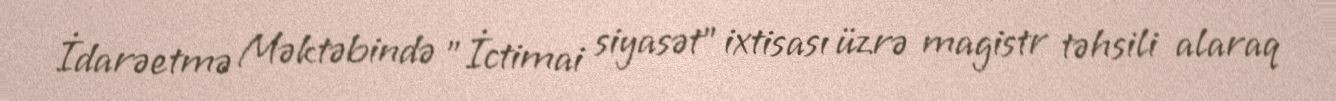
İdarəetmə Məktəbində "İctimai siyasət" ixtisası üzrə magistr təhsili alaraq